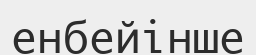
енбейінше